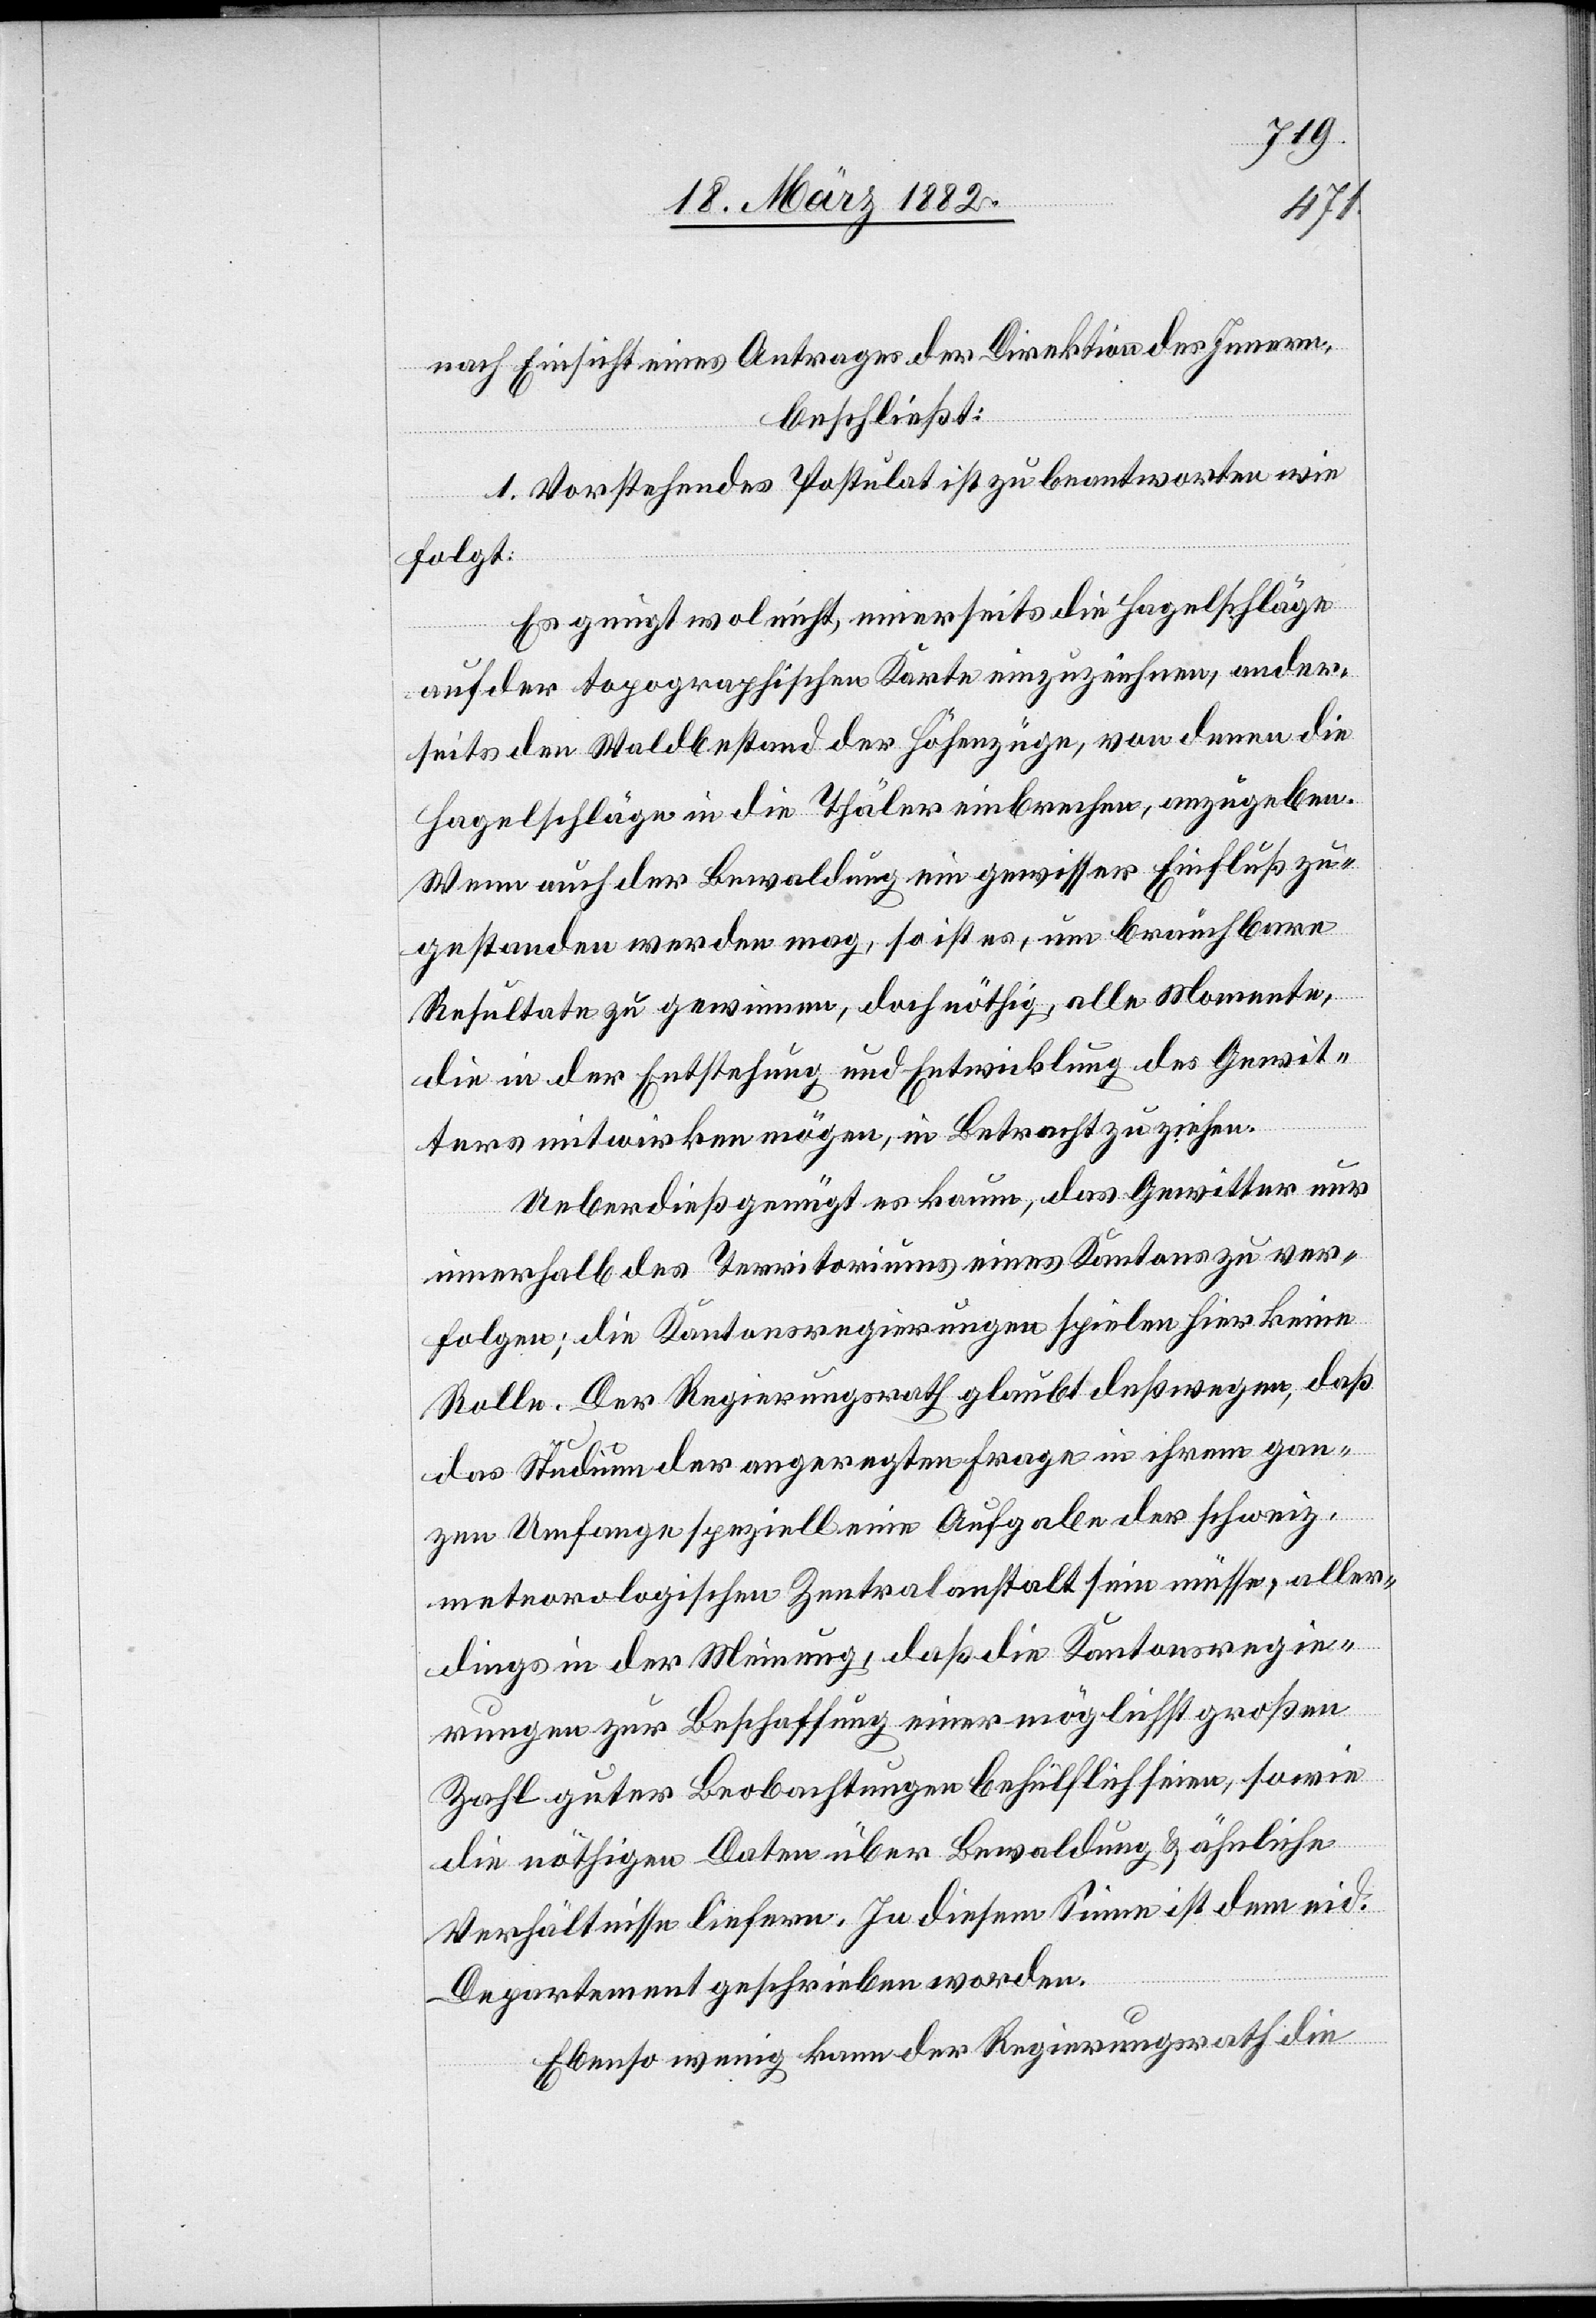
nach Einsicht eines Antrages der Direktion des Innern,
beschließt:
1. Vorstehendes Postulat ist zu beantworten wie
folgt:
Es genügt wol nicht, einerseits die Hagelschläge
auf der topographischen Karte einzuzeichnen, ander¬
seits den Waldbestand der Höhenzüge, von denen die
Hagelschläge in die Thäler einbrechen, anzugeben.
Wenn auch der Bewaldung ein gewisser Einfluß zu¬
gestanden werden mag, so ist es, um brauchbare
Resultate zu gewinnen, doch nöthig, alle Momente,
die in der Entstehung und Entwicklung des Gewit¬
ters mitwirken mögen, in Betracht zu ziehen.
Ueberdieß genügt es kaum, das Gewitter nur
innerhalb des Territoriums eines Kantons zu ver¬
folgen; die Kantonsregierungen spielen hier keine
Rolle. Der Regierungsrath glaubt deßwegen, daß
das Studium der angeregten Frage in ihrem gan¬
zen Umfange speziell eine Aufgabe der schweiz.
meteorologischen Zentralanstalt sein müsse, aller¬
dings in der Meinung, daß die Kantonsregie¬
rungen zur Beschaffung einer möglichst großen
Zahl guter Beobachtungen behülflich seien, sowie
die nöthigen Daten über Bewaldung & ähnliche
Verhältnisse liefern. In diesem Sinne ist dem eid.
Departement geschrieben worden.
Ebenso wenig kann der Regierungsrath die